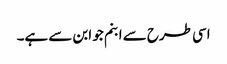
اسی طرح سے ابنم جو ابن سے ہے۔